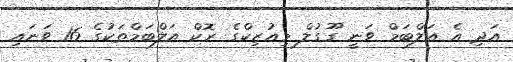
އަދި އެ އަލްބަމް ވަނީ ގޫގުލް މިއުޒިކްގެ ރޮކް އަލްބަމްތަކުގެ 16 ވަނައި